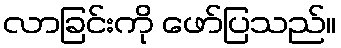
လာခြင်းကို ဖော်ပြသည်။